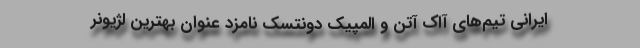
ایرانی تیم‌های آاِک آتن و المپیک دونتسک نامزد عنوان بهترین لژیونر